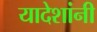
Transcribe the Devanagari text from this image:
यादेशांनी